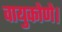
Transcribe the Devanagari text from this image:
वायुकोणे।